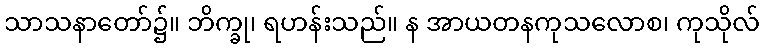
သာသနာတော်၌။ ဘိက္ခု၊ ရဟန်းသည်။ န အာယတနကုသလောစ၊ ကုသိုလ်